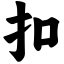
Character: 扣